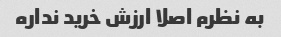
به نظرم اصلا ارزش خرید نداره